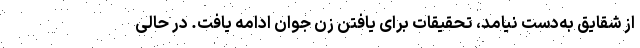
از شقایق به‌دست نیامد، تحقیقات برای یافتن زن جوان ادامه یافت. در حالی